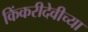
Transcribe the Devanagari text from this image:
किंकरीदेवीच्या